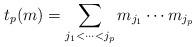
LaTeX: \begin{align*}t_p(m) = \sum_{j_1 < \cdots < j_p} m_{j_1}\cdots m_{j_p}\end{align*}